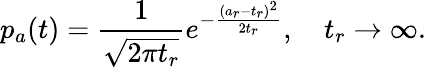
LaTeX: p_{a}(t)=\frac{1}{\sqrt{2\pi t_{r}}}e^{-\frac{(a_{r}-t_{r})^{2}}{2t_{r}}},\quad t_{r}\to\infty.